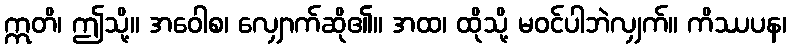
ဣတိ၊ ဤသို့။ အဝေါစ၊ လျှောက်ဆို၏။ အထ၊ ထိုသို့ မဝင်ပါဘဲလျှက်။ ကိဿပန၊